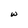
Character: w